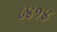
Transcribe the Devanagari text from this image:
८४१४